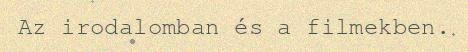
Az irodalomban és a filmekben.